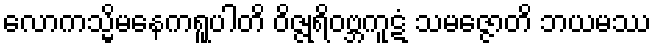
လောကသ္မိမနေကရူပါတိ ဝိဇ္ဇုရိဝဗ္ဘကူဋံ သမဇ္ဇောတိ ဘယမဿ